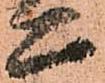
二